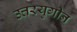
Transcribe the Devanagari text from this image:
उत्तरयुगीन